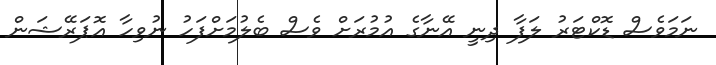
ނަމަވެސް ޑޮކްޓަރު ލަފާ ދިނީ އޭނާގެ އުމުރަށް ވެސް ބެލުމަށްފަހު ނުވިހާ އޮޕަރޭޝަން